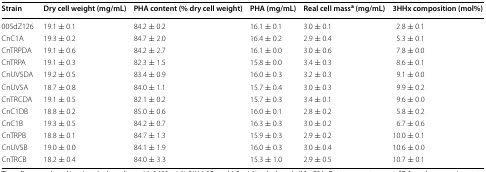
| Strain | Dry cell weight (mg/mL) | PHA content (% dry cell weight) | PHA (mg/mL) | Real cell massa (mg/mL) | 3HHx composition (mol%) |
 | --- | --- | --- | --- | --- | --- |
 | 005dZ126 | 19.1 ± 0.1 | 84.2 ± 0.2 | 16.1 ± 0.1 | 3.0 ± 0.1 | 2.8 ± 0.1 |
 | CnC1A | 19.3 ± 0.2 | 84.7 ± 2.0 | 16.4 ± 0.2 | 2.9 ± 0.4 | 5.3 ± 0.1 |
 | CnTRPDA | 19.1 ± 0.6 | 84.2 ± 2.7 | 16.1 ± 0.0 | 3.0 ± 0.6 | 7.8 ± 0.0 |
 | CnTRPA | 19.1 ± 0.3 | 82.3 ± 1.5 | 15.8 ± 0.0 | 3.4 ± 0.3 | 8.6 ± 0.1 |
 | CnUV5DA | 19.2 ± 0.5 | 83.4 ± 0.9 | 16.0 ± 0.3 | 3.2 ± 0.3 | 9.1 ± 0.0 |
 | CnUV5A | 18.7 ± 0.8 | 84.0 ± 1.1 | 15.7 ± 0.4 | 3.0 ± 0.3 | 9.9 ± 0.2 |
 | CnTRCDA | 19.1 ± 0.5 | 82.1 ± 0.2 | 15.7 ± 0.3 | 3.4 ± 0.1 | 9.6 ± 0.0 |
 | CnC1DB | 18.8 ± 0.2 | 85.0 ± 0.6 | 16.0 ± 0.1 | 2.8 ± 0.2 | 5.8 ± 0.2 |
 | CnC1B | 19.3 ± 0.5 | 84.2 ± 0.7 | 16.3 ± 0.3 | 3.0 ± 0.2 | 6.7 ± 0.6 |
 | CnTRPB | 18.8 ± 0.1 | 84.7 ± 1.3 | 15.9 ± 0.3 | 2.9 ± 0.2 | 10.0 ± 0.1 |
 | CnUV5B | 19.0 ± 0.0 | 84.1 ± 1.9 | 16.0 ± 0.3 | 3.0 ± 0.4 | 10.6 ± 0.0 |
 | CnTRCB | 18.2 ± 0.4 | 84.0 ± 3.3 | 15.3 ± 1.0 | 2.9 ± 0.5 | 10.7 ± 0.1 |